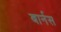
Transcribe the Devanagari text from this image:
बार्नस